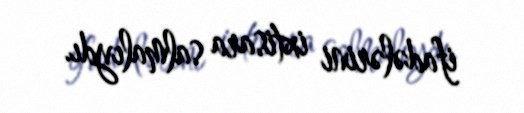
ifadələrini ixtisara salmalıydı.